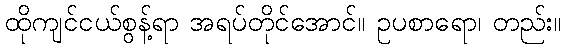
ထိုကျင်ငယ်စွန့်ရာ အရပ်တိုင်အောင်။ ဥပစာရော၊ တည်း။